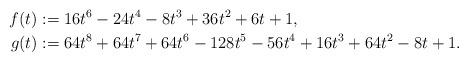
LaTeX: \begin{align*} f(t) &:= 16t^6 - 24t^4 - 8t^3 + 36t^2 + 6t + 1, \\g(t) &:= 64t^8 + 64t^7 + 64t^6 - 128t^5 - 56t^4 + 16t^3 + 64t^2 - 8t + 1.\end{align*}